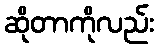
ဆိုတာကိုလည်း